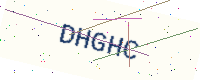
Text: DHGHC